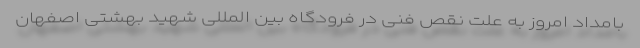
بامداد امروز به علت نقص فنی در فرودگاه بین المللی شهید بهشتی اصفهان